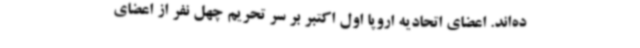
ده‌اند. اعضای اتحادیه اروپا اول اکتبر بر سر تحریم چهل نفر از اعضای